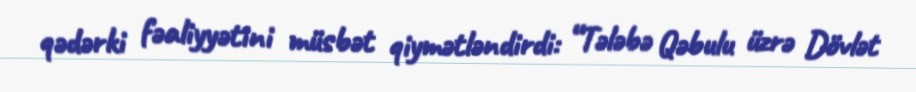
qədərki fəaliyyətini müsbət qiymətləndirdi: “Tələbə Qəbulu üzrə Dövlət